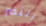
النصر